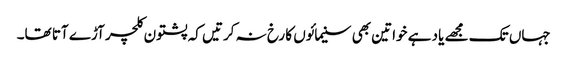
جہاں تک مجھے یاد ہے خواتین بھی سنیمائوں کا رخ نہ کرتیں کہ پشتون کلچر آڑے آتا تھا۔